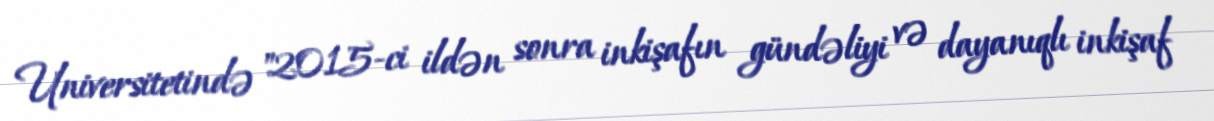
Universitetində "2015-ci ildən sonra inkişafın gündəliyi və dayanıqlı inkişaf